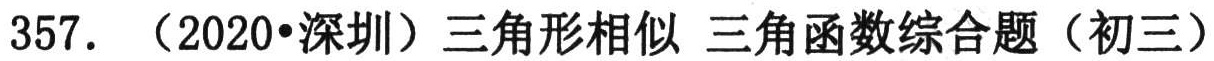
357. （2020•深圳）三角形相似 三角函数综合题（初三）